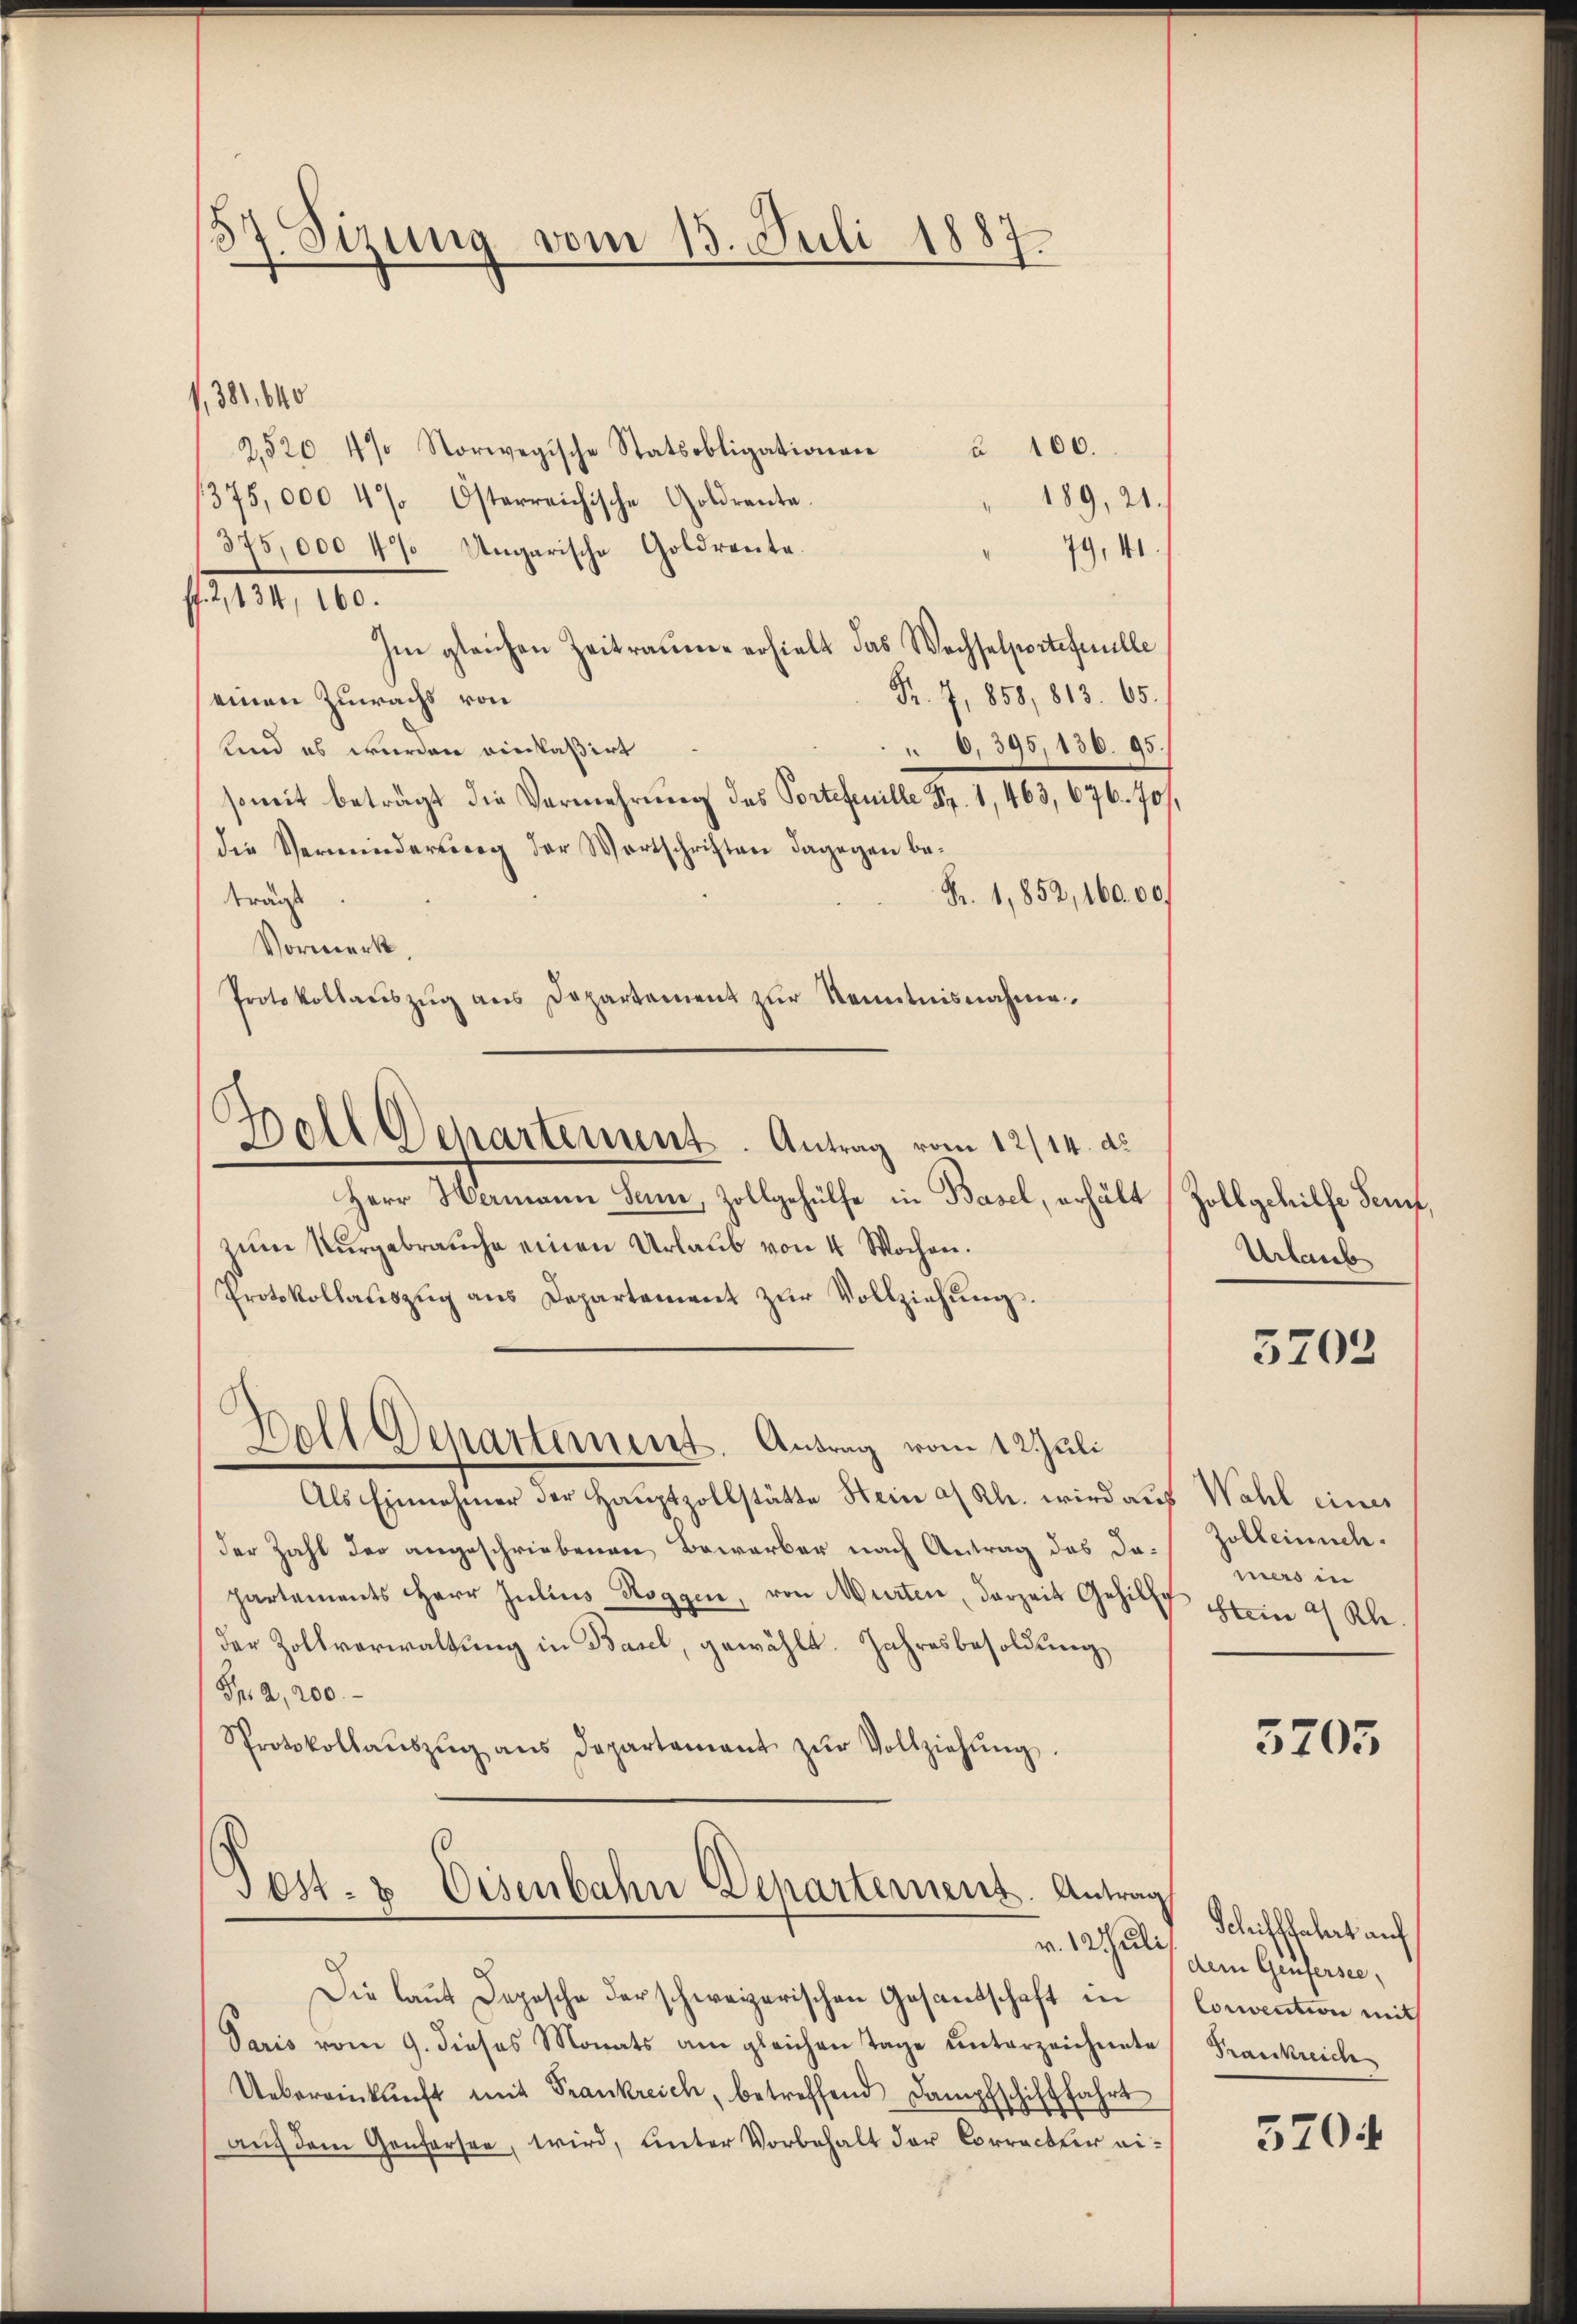
37. Sizung vom 13. Juli 1887.

,381, 840
à 100.
2,520 4% Norwegische Statsobligationen
189, 21.
1375,000 4% Österreichische Goldrante.
375,000 47 Ungarische Goldrente.
79, 41
12, 10.
Im gleichen Zeitraume erhielt das Wechselportefeuille
Fr. 7, 858, 813. 65.
einen Zuwachs von
O,395, 136. 95.
Kind es wurden einkaßirt
somit beträgt die Vermehrung des Portefenille Fr. 1, 463, 676. 70.
die Verminderung der Wortschriften dagegen be-
Fr. 1,852, 16000
trägt
Vormerk
Protokollaŭszŭg ans Departement zŭr Kenntnisnahme.
Boll Departement-Antrag vom 12/14. a.
Herr Hermann Sani, Zollgehülfe in Basel, erhält
zum Vergebrauche einen Urlaub von 4 Wochen.
Protokollauszug aus Departement zŭr Vollziehung.
Boll Departement. Antrag vom 12 Juli
Als Einnahmer der Hauptzollstätte Stein a/ Kl. wird auf Wahl eines
der Zahl der angeschriebenen Bewerber nach Antrag des Jo-Zolleinsch.
partements Herr Julius Roggen, von Murten, darzeit Gehilf Stein 4 Kl
der Zollverwaltung in Basel, gewählt. Jahresbesoldung,
Fr. 2,200.
Protokollaŭszŭg ans Departament zŭr Vollziehŭng.

Post- & Eisenbahn Departement. Antrag

Zollgehilfe Senf,
Urlaub

Die laut Depesche der schweizerischen Gesantschaft in
Paris vom 9. dieses Monats am gleichen Tage unterzeichnete Frankreich
Uebereinkunft mit Frankreich, betreffend Dampfschifffahrt
auf dem Genfersee, wird, unter Vorbehalt der Correckter ei¬

3702

mers in

5705

Schiffahrt auf
v. 12 hatte gern Genfersee,
Convention mit

5704